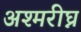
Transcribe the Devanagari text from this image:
अश्मरीघ्न